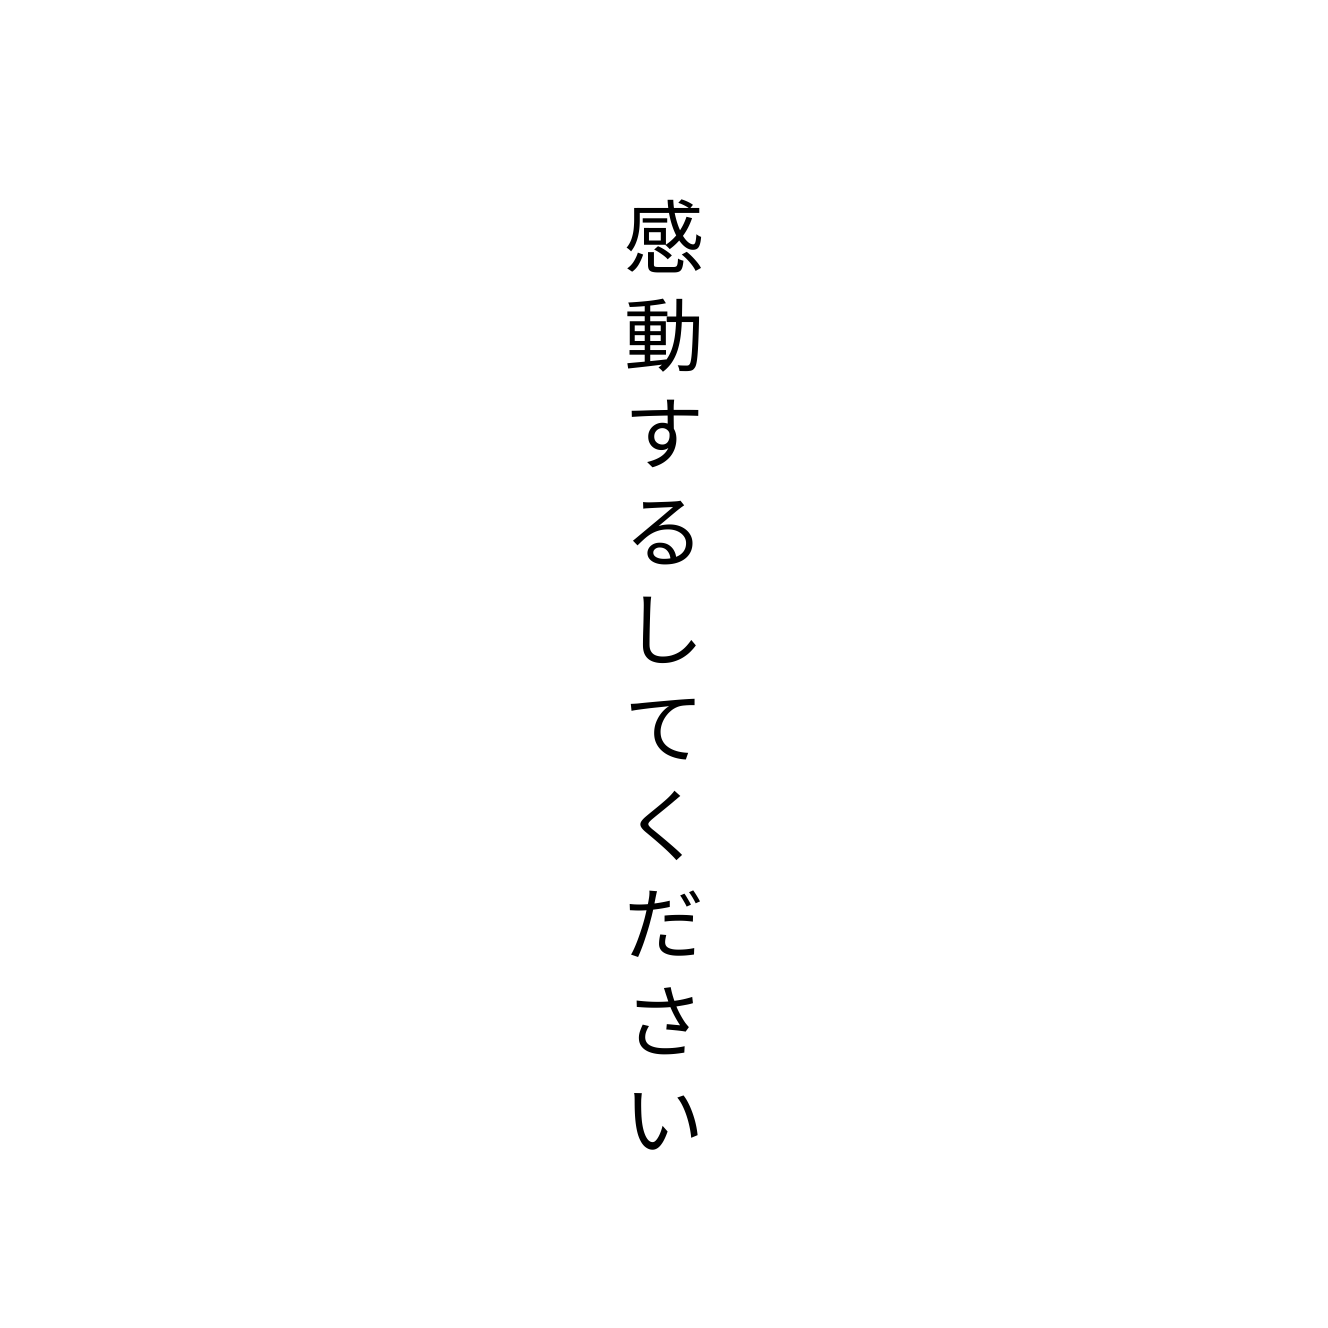
感動するしてください